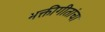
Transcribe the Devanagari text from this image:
भक्तीगीतांचा